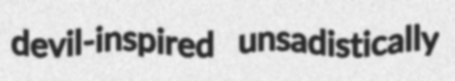
devil-inspired unsadistically